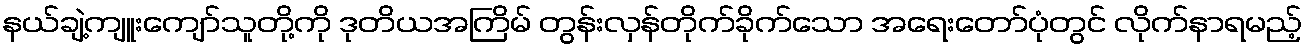
နယ်ချဲ့ကျူးကျော်သူတို့ကို ဒုတိယအကြိမ် တွန်းလှန်တိုက်ခိုက်သော အရေးတော်ပုံတွင် လိုက်နာရမည့်